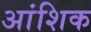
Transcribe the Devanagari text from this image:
अांशिक